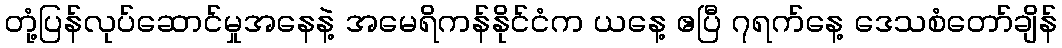
တုံ့ပြန်လုပ်ဆောင်မှုအနေနဲ့ အမေရိကန်နိုင်ငံက ယနေ့ ဧပြီ ၇ရက်နေ့ ဒေသစံတော်ချိန်